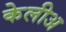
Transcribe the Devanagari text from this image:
केलीअ